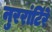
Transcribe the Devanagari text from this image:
नुररांटिंरे